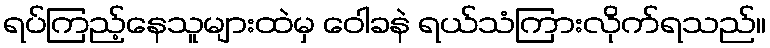
ရပ်ကြည့်နေသူများထဲမှ ဝေါခနဲ ရယ်သံကြားလိုက်ရသည်။